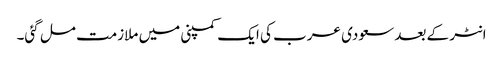
انٹر کے بعد سعودی عرب کی ایک کمپنی میں ملازمت مل گئی۔